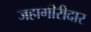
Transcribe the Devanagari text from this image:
जहागीरीदार